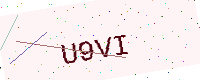
Text: U9VI